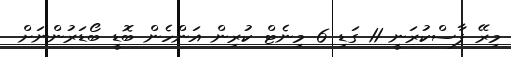
މިރޭ ފާސްކުރަނީ 11 ގަޑި 6 މިނެޓް ކުރިން އަންހެން ބޮޑީ ބޯޑަރުންނަށް